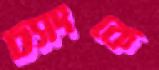
চ্যাংকে